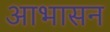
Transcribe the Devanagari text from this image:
आभासन